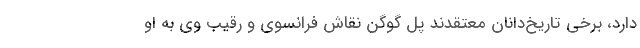
دارد، برخی تاریخ‌دانان معتقدند پل گوگن نقاش فرانسوی و رقیب وی به او